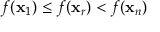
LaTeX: f ( \mathbf { x } _ { 1 } ) \leq f ( \mathbf { x } _ { r } ) < f ( \mathbf { x } _ { n } )